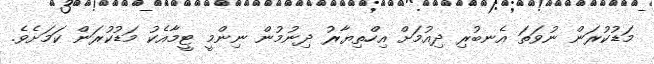
މަޑުކުރަން ނުވަތަ އެނބުރި ދިއުމަށް އިހްތިޔާރު ދިނުމުން ނިންމީ ޓީމާއެކު މަޑުކުރަން ކަމަށެވެ.